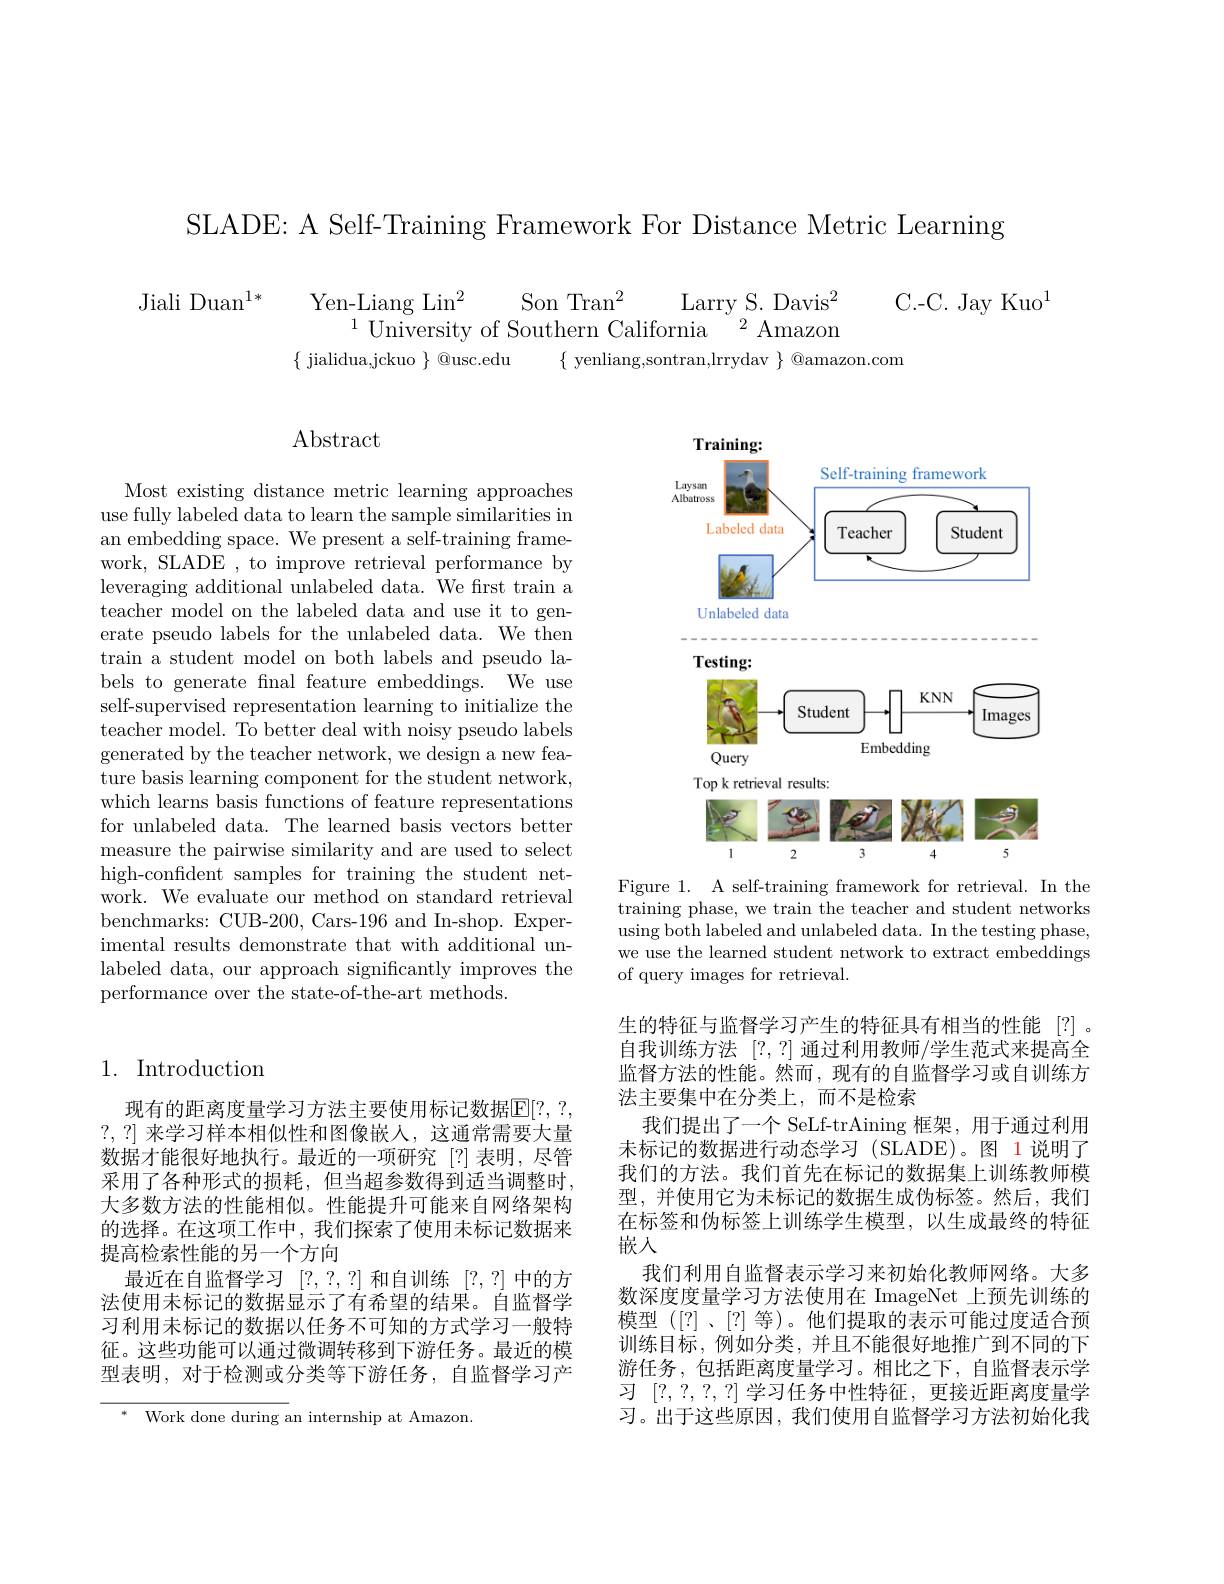
SLADE: A Self-Training Framework For Distance Metric Learning

C.-C. Jay Kuo$^1$

$\begin{array}{cc}\text{Jiali Duan}^{1*}&\text{Yen-Liang Lin}^2&\text{Son Tran}^2&\text{Larry S. Davis}^2\\&&\text{University of Southern California}\end{array}$
$\{$ jialidua,jckuo $\}$ @usc.edu $\{$ yenliang,sontran,lrrydav $\}$ @amazon.com

## 1. Introduction

现有的距离度量学习方法主要使用标记数据$\mathbb{E}[?,?$, ?,?]来学习样本相似性和图像嵌人，这通常需要大量数据才能很好地执行。最近的一项研究[?]表明，尽管采用了各种形式的损耗，但当超参数得到适当调整时， 大多数方法的性能相似。性能提升可能来自网络架构的选择。在这项工作中，我们探索了使用未标记数据来提高检索性能的另一个方向
最近在自监督学习[?,?,?]和自训练[?,?]中的方法使用未标记的数据显示了有希望的结果。自监督学习利用未标记的数据以任务不可知的方式学习一般特征。这些功能可以通过微调转移到下游任务。最近的模型表明，对于检测或分类等下游任务，自监督学习产

Work done during an internship at Amazon.

# $\operatorname{Abstract}$

Most existing distance metric learning approaches use fully labeled data to learn the sample similarities in an embedding space. We present a self-training framework, SLADE , to improve retrieval performance by leveraging additional unlabeled data. We frst train a teacher model on the labeled data and use it to generate pseudo labels for the unlabeled data. We then train a student model on both labels and pseudo labels to generate final feature embeddings. We use self-supervised representation learning to initialize the teacher model. To better deal with noisy pseudo labels generated by the teacher network, we design a new feature basis learning component for the student network, which learns basis functions of feature representations for unlabeled data. The learned basis vectors better measure the pairwise similarity and are used to select high-confdent samples for training the student network. We evaluate our method on standard retrieval benchmarks: CUB-200, Cars-196 and In-shop. Experimental results demonstrate that with additional unlabeled data, our approach significantly improves the performance over the state-of-the-art methods.

<FigureHere>
Figure 1. A self-training framework for retrieval. In the

training phase, we train the teacher and student networks using both labeled and unlabeled data. In the testing phase, we use the learned student network to extract embeddings of query images for retrieval.

生的特征与监督学习产生的特征具有相当的性能 [?]。自我训练方法 [?,?] 通过利用教师/学生范式来提高全监督方法的性能。然而，现有的自监督学习或自训练方法主要集中在分类上，而不是检索
我们提出了一个 SeLf-trAining 框架，用于通过利用未标记的数据进行动态学习 (SLADE)。图 1说明了我们的方法。我们首先在标记的数据集上训练教师模型，并使用它为未标记的数据生成伪标签。然后，我们在标签和伪标签上训练学生模型，以生成最终的特征嵌人
我们利用自监督表示学习来初始化教师网络。大多数深度度量学习方法使用在 ImageNet 上预先训练的模型 ([?]、[?] 等)。他们提取的表示可能过度适合预训练目标，例如分类，并且不能很好地推广到不同的下游任务，包括距离度量学习。相比之下，自监督表示学习[?,?,?,?,?]学习任务中性特征，更接近距离度量学习。出于这些原因，我们使用自监督学习方法初始化我